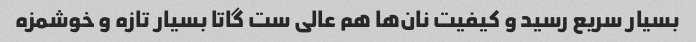
بسیار سریع رسید و کیفیت نان‌ها هم عالی ست گاتا بسیار تازه و خوشمزه